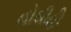
હોથીહી